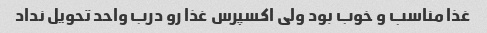
غذا مناسب و خوب بود ولی اکسپرس غذا رو درب واحد تحویل نداد